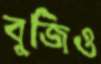
বুজিও